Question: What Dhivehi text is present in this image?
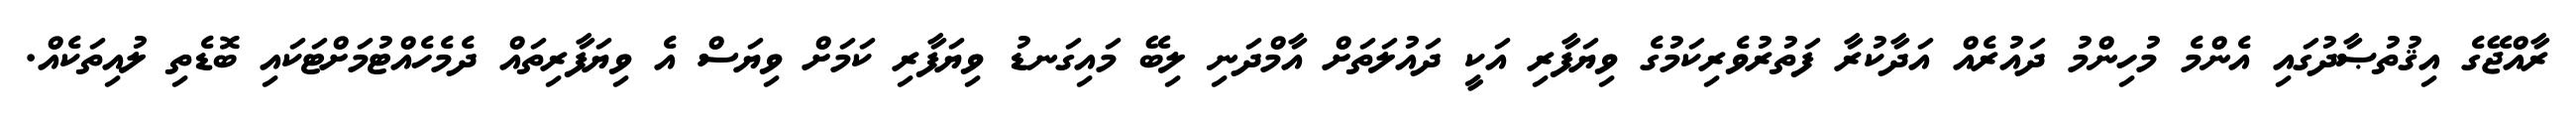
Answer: ރާއްޖޭގެ އިޤުތުޞާދުގައި އެންމެ މުހިންމު ދައުރެއް އަދާކުރާ ފަތުރުވެރިކަމުގެ ވިޔަފާރި އަކީ ދައުލަތަށް އާމްދަނި ލިބޭ މައިގަނޑު ވިޔަފާރި ކަމަށް ވިޔަސް އެ ވިޔަފާރިތައް ދެމެހެއްޓުމަށްޓަކައި ބޮޑެތި ލުއިތަކެއް.